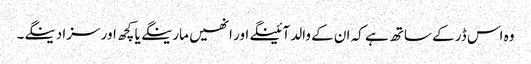
وہ اس ڈر کے ساتھ ہے کہ ان کے والد آئینگے اور انھیں مارینگے یا کچھ اور سزا دینگے۔